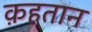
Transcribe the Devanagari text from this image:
क़हतान